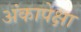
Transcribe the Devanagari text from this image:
अंकापेक्षा